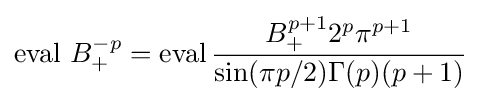
\operatorname {eval} \,B_{+}^{-p}=\operatorname {eval} {\frac {B_{+}^{p+1}2^{p}\pi ^{p+1}}{\sin(\pi p/2)\Gamma (p)(p+1)}}